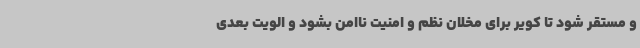
و مستقر شود تا کویر برای مخلان نظم و امنیت ناامن بشود و الویت بعدی